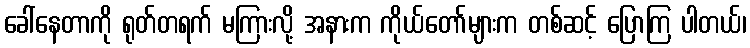
ခေါ်နေတာကို ရုတ်တရက် မကြားလို့ အနားက ကိုယ်တော်များက တစ်ဆင့် ပြောကြ ပါတယ်၊